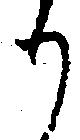
り